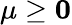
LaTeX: \mathbf{\mu}\geq\mathbf{0}